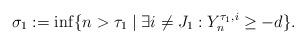
LaTeX: \begin{align*} \sigma_1 := \inf\{n > \tau_1 \mid \exists i \neq J_1: Y^{\tau_1,i}_n \geq -d\}.\end{align*}